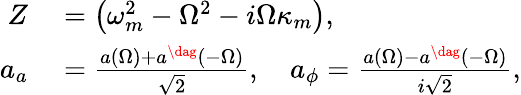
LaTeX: \begin{array}{rl}{Z}&{{}=\left(\omega_{m}^{2}-\Omega^{2}-i\Omega\kappa_{m}\right),}\\ {a_{a}}&{{}=\frac{a(\Omega)+a^{\dag}(-\Omega)}{\sqrt 2},\quad a_{\phi}=\frac{a(\Omega)-a^{\dag}(-\Omega)}{i\sqrt 2},}\end{array}